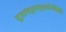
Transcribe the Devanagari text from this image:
पूजांचपुष्पधूपाद्यैर्बलिभिः